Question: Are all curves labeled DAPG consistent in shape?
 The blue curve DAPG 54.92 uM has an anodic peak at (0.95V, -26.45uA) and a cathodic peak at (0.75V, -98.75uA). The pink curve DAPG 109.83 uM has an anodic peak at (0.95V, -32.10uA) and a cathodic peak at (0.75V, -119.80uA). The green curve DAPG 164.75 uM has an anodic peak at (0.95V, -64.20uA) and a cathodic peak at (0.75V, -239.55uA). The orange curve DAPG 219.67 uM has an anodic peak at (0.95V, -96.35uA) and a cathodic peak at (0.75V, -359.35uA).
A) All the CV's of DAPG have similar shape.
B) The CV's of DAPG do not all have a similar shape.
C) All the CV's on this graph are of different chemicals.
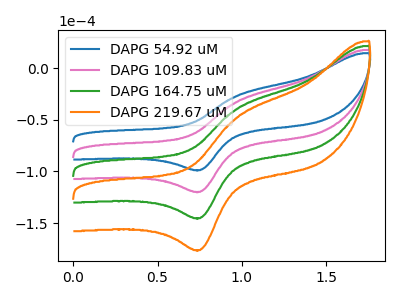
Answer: <think>All the peaks in "DAPG 54.92 uM" have a peak in "DAPG 109.83 uM" at the same potential. All the peaks in "DAPG 54.92 uM" have a peak in "DAPG 164.75 uM" at the same potential. All the peaks in "DAPG 54.92 uM" have a peak in "DAPG 219.67 uM" at the same potential. All the peaks in "DAPG 109.83 uM" have a peak in "DAPG 164.75 uM" at the same potential. All the peaks in "DAPG 109.83 uM" have a peak in "DAPG 219.67 uM" at the same potential. All the peaks in "DAPG 164.75 uM" have a peak in "DAPG 219.67 uM" at the same potential.
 </think>
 <answer>A) All the CV's of "DAPG" have similar shape.</answer>
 <eval>A</eval>